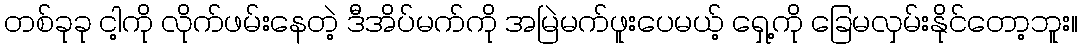
တစ်ခုခု ငါ့ကို လိုက်ဖမ်းနေတဲ့ ဒီအိပ်မက်ကို အမြဲမက်ဖူးပေမယ့် ရှေ့ကို ခြေမလှမ်းနိုင်တော့ဘူး။